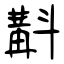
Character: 斠